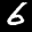
Label: 6